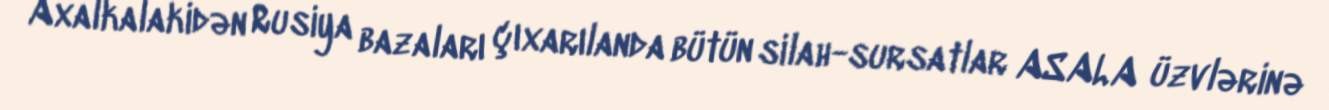
Axalkalakidən Rusiya bazaları çıxarılanda bütün silah-sursatlar ASALA üzvlərinə